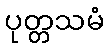
ပုတ္တသမံ